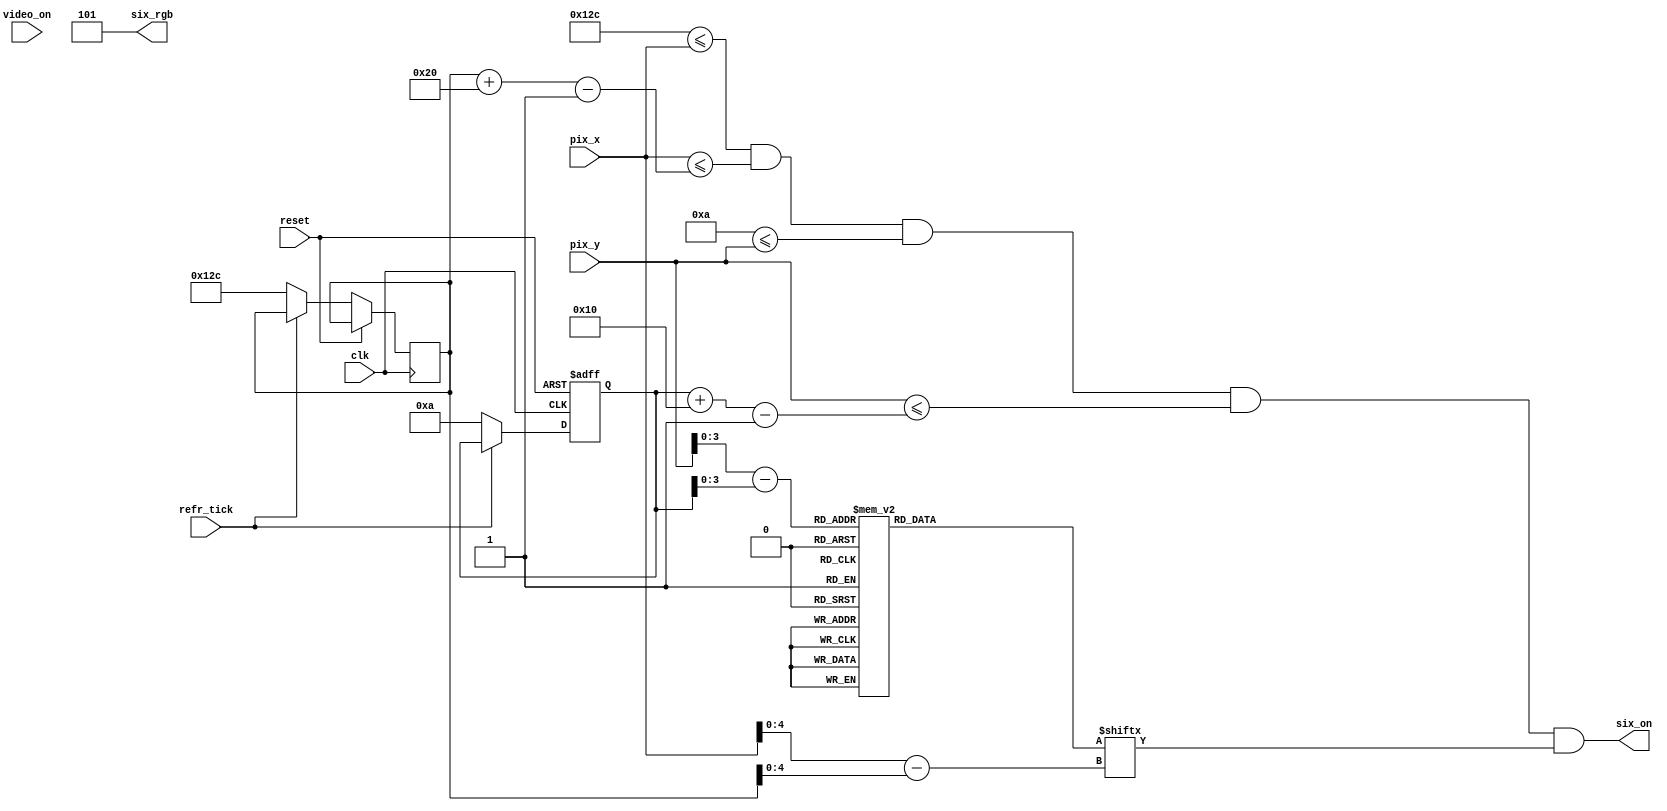
module Six_6(clk, reset,video_on, refr_tick,pix_x, pix_y,six_on,six_rgb);
    input clk, reset;
    input video_on, refr_tick;
    input [9:0] pix_x, pix_y;
    output six_on;
    output [2:0] six_rgb;

 
  //--------------------------------------------
   // Six Logo
   //--------------------------------------------
   wire [3:0] Six_rom_addr; 
	wire [4:0] Six_rom_col;
   reg [31:0] Six_rom_data;
   wire Six_rom_bit,Six_Logo_on, Logo_on ;
   //--------------------------------------------
   // Six Logo Positioning
   //--------------------------------------------
   // Logo Position left, Top boundary
   localparam Six_X_L = 300;
	localparam Six_X_R = 331;
   localparam Six_X_T = 10;
	localparam Six_X_B = 25;
   
   localparam Six_Logo_x = 32;
   localparam Six_Logo_y = 16;

	 // Six left, right boundary
   wire [9:0] Six_x_l, Six_x_r;
   // Six top, bottom boundary
   wire [9:0] Six_y_t, Six_y_b;
   // reg to track left, top position
   reg [9:0] Six_x_reg, Six_y_reg;
   wire [9:0] Six_x_next, Six_y_next; 

	// body
   //--------------------------------------------
   // Six Logo
   //--------------------------------------------
always @*
   case (Six_rom_addr)
	 6'h0: Six_rom_data = 32'b00000000000111111111100000000000; //   ****
      6'h1: Six_rom_data = 33'b00000000001111111111110000000000; //  ******
      6'h2: Six_rom_data = 32'b00000000001110000001110000000000; // ********
      6'h3: Six_rom_data = 32'b00000000001110000001110000000000; // ********
      6'h4: Six_rom_data = 32'b00000000000000000001110000000000; // ********
      6'h5: Six_rom_data = 32'b00000000000000000001110000000000; // ********
      6'h6: Six_rom_data = 32'b00000000000000000001110000000000; //  ******
      6'h7: Six_rom_data = 32'b00000000000111111111110000000000; //   ****
	 6'h8: Six_rom_data = 32'b00000000000111111111110000000000; //   ****
      6'h9: Six_rom_data = 32'b00000000001110000001110000000000; //  ******
      6'hA: Six_rom_data = 32'b00000000001110000001110000000000; // ********
      6'hB: Six_rom_data = 32'b00000000001110000001110000000000; // ********
      6'hC: Six_rom_data = 32'b00000000001110000001110000000000; // ********
      6'hD: Six_rom_data = 32'b00000000001110000001110000000000; // ********
      6'hE: Six_rom_data = 32'b00000000001111111111110000000000; //  ******
      6'hF: Six_rom_data = 32'b00000000000111111111100000000000; //   ****

   endcase

    //------------------------------------------
	 // Register for Six logo
	 //------------------------------------------
	  // registers
   always @(posedge clk, posedge reset)
      if (reset)
         begin
           
			Six_y_reg <= 0;
            
         end
      else
         begin
            
		   	Six_x_reg <= Six_x_next;
		   	Six_y_reg <= Six_y_next;
            
         end


	//--------------------------------------------
   // Six Logo
   //--------------------------------------------
   // boundary
   assign Six_x_l = Six_x_reg;
   assign Six_y_t = Six_y_reg;
   assign Six_x_r = Six_x_l + Six_Logo_x - 1;
   assign Six_y_b = Six_y_t + Six_Logo_y - 1;
   // pixel within logo
   assign Logo_on =
            (Six_X_L<=pix_x) && (pix_x<=Six_x_r) &&
            (Six_X_T<=pix_y) && (pix_y<=Six_y_b);

	  //assign Logo_on =
     //       (Six_x_l<=Six_X_L) && (pix_x<=Six_x_r) &&
     //       (Six_y_t<=Six_X_T) && (pix_y<=Six_y_b);
   // map current pixel location to ROM addr/col
   assign Six_rom_addr = pix_y[3:0] - Six_y_t[3:0];
   assign Six_rom_col = pix_x[4:0] - Six_x_l[4:0];
   assign Six_rom_bit = Six_rom_data[Six_rom_col];
   // pixel within logo
   assign six_on = (Logo_on & Six_rom_bit);
   assign six_rgb = 3'b101; 
   
   //  assign Six_x_next = (refr_tick)?  Six_x_reg + 1'b1:Six_x_reg;
   //	 assign Six_y_next = (refr_tick) ? Six_y_reg + 1'b1:Six_y_reg;
   assign Six_x_next = (refr_tick) ?  Six_x_reg: Six_X_L;
   assign Six_y_next = (refr_tick) ? Six_y_reg : Six_X_T ;

endmodule